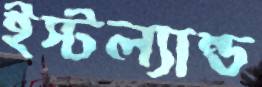
ইস্টল্যান্ড